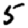
Digit: 5